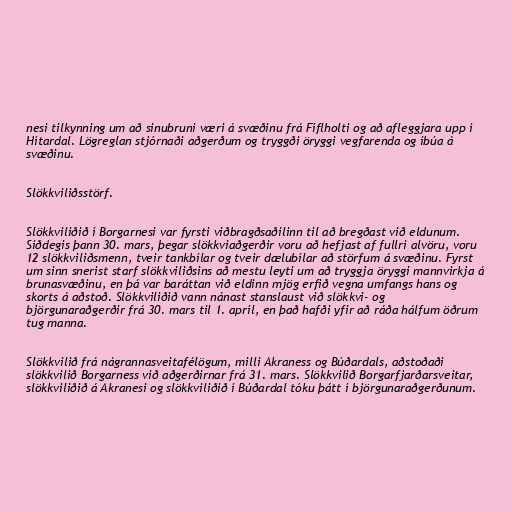
nesi tilkynning um að sinubruni væri á svæðinu frá Fíflholti og að afleggjara upp í
Hítardal. Lögreglan stjórnaði aðgerðum og tryggði öryggi vegfarenda og íbúa á
svæðinu.

Slökkviliðsstörf.

Slökkviliðið í Borgarnesi var fyrsti viðbragðsaðilinn til að bregðast við eldunum.
Síðdegis þann 30. mars, þegar slökkviaðgerðir voru að hefjast af fullri alvöru, voru
12 slökkviliðsmenn, tveir tankbílar og tveir dælubílar að störfum á svæðinu. Fyrst
um sinn snerist starf slökkviliðsins að mestu leyti um að tryggja öryggi mannvirkja á
brunasvæðinu, en þá var baráttan við eldinn mjög erfið vegna umfangs hans og
skorts á aðstoð. Slökkviliðið vann nánast stanslaust við slökkvi- og
björgunaraðgerðir frá 30. mars til 1. apríl, en það hafði yfir að ráða hálfum öðrum
tug manna.

Slökkvilið frá nágrannasveitafélögum, milli Akraness og Búðardals, aðstoðaði
slökkvilið Borgarness við aðgerðirnar frá 31. mars. Slökkvilið Borgarfjarðarsveitar,
slökkviliðið á Akranesi og slökkviliðið í Búðardal tóku þátt í björgunaraðgerðunum.